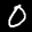
Label: 0